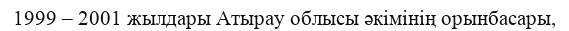
1999 – 2001 жылдары Атырау облысы әкімінің орынбасары,